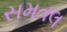
સમતલ